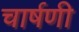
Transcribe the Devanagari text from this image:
चार्षणी